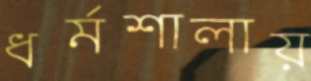
ধর্মশালায়